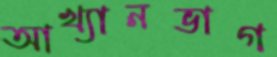
আখ্যানভাগ